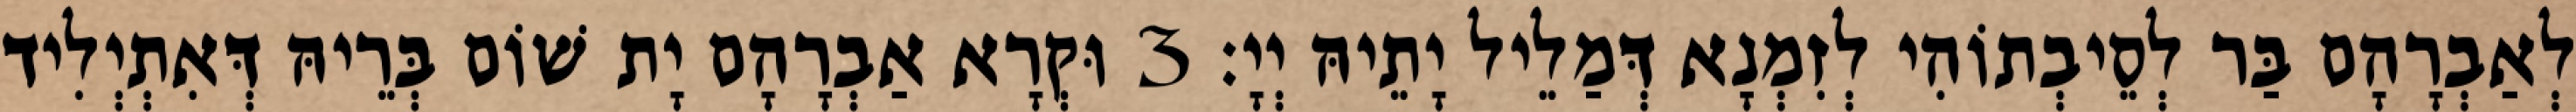
לְאַבְרָהָם בַּר לְסֵיבְתוֹהִי לְזִמְנָא דְּמַלֵיל יָתֵיהּ יְיָ׃ 3 וּקְרָא אַבְרָהָם יָת שׁוֹם בְּרֵיהּ דְּאִתְיְלִיד